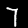
Digit: 7